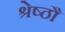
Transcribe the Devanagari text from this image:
श्रेष्ठौ